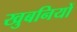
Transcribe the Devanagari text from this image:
खुबनियों